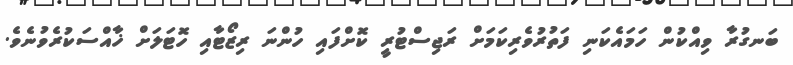
ބަނގުރާ ވިއްކުން ހަމައެކަނި ފަތުރުވެރިކަމަށް ރަޖިސްޓުރީ ކޮށްފައި ހުންނަ ރިޒޯޓާއި ހޮޓަލަށް ޚާއްސަކުރެވުނެވެ.